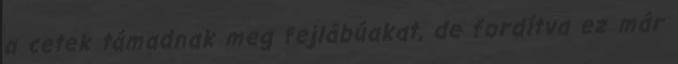
a cetek támadnak meg fejlábúakat, de fordítva ez már